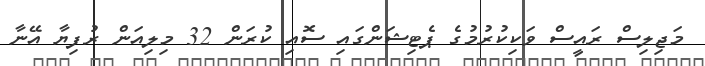
މަޖިލިސް ރައީސް ވަކިކުރުމުގެ ޕެޓިޝަންގައި ސޮއި ކުރަން 32 މިލިއަން ރުފިޔާ އޭނާ